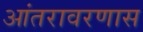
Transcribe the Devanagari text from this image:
आंतरावरणास